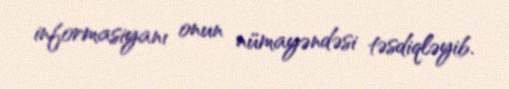
informasiyanı onun nümayəndəsi təsdiqləyib.